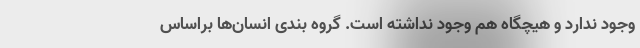
وجود ندارد و هیچگاه هم وجود نداشته است. گروه بندی انسان‌ها براساس